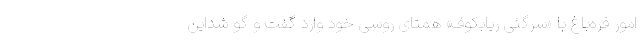
امور قره‌باغ با «سرگئی ریابکوف» همتای روسی خود وارد گفت و گو شداین